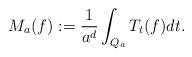
LaTeX: \begin{align*}M_a(f):= \frac{1}{a^d} \int_{Q_a} T_t(f) dt.\end{align*}